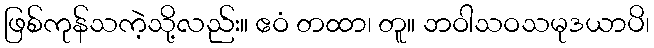
ဖြစ်ကုန်သကဲ့သို့လည်း။ ဧဝံ တထာ၊ တူ။ ဘဝါသဝသမုဒယာပိ၊